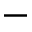
-